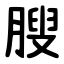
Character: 膄